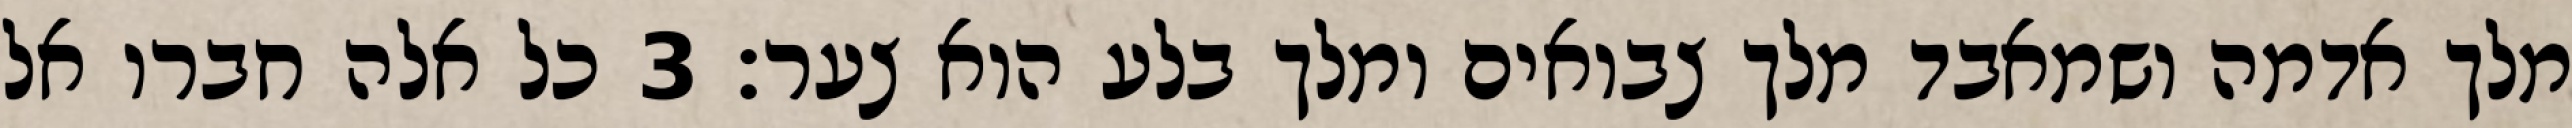
מלך אדמה ושמאבד מלך צבואים ומלך בלע הוא צער׃ ‎3‏ כל אלה חברו אל